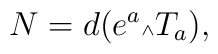
N= d(e^a \mbox{\tiny $\wedge$}T_a),